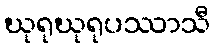
ဃုရုဃုရုပဿာသီ